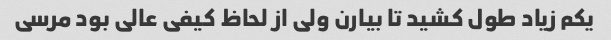
یکم زیاد طول کشید تا بیارن ولی از لحاظ کیفی عالی بود مرسی